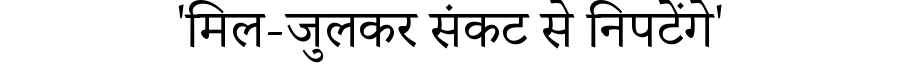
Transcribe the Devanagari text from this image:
'मिल-जुलकर संकट से निपटेंगे'